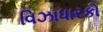
વિઝાધારકો